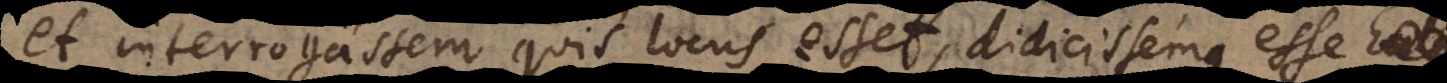
et interrogassem, quis locus esset, didicissemque esse